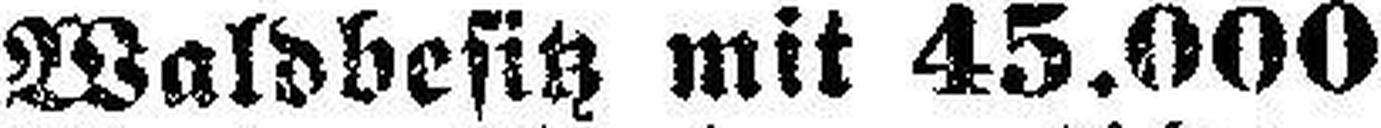
Waldbesitz mit 45.000